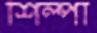
শিল্পা